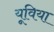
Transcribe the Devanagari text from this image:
यूविया